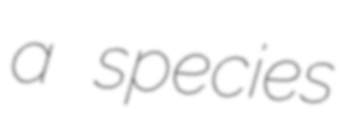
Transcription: a species